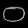
Digit: ၀